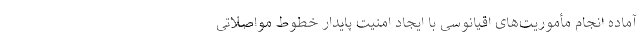
آماده انجام مأموریت‌های اقیانوسی با ایجاد امنیت پایدار خطوط مواصلاتی